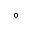
^ { \circ }